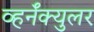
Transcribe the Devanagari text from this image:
व्हर्नॅक्युलर